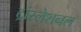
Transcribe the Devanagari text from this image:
ट्रांस्लेशनल